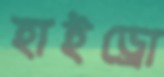
হাইড্রো